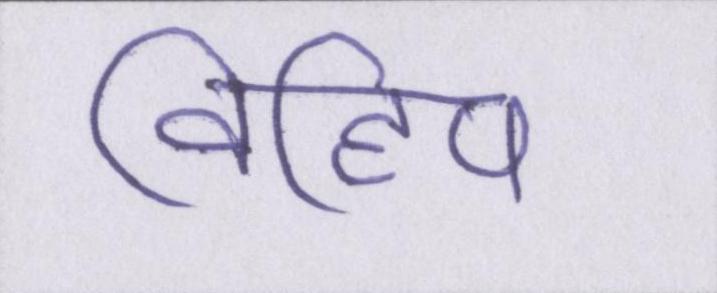
विहिप